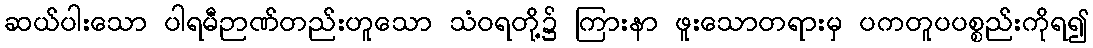
ဆယ်ပါးသော ပါရမီဉာဏ်တည်းဟူသော သံဝရတို့၌ ကြားနာ ဖူးသောတရားမှ ပကတူပပစ္စည်းကိုရ၍